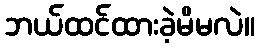
ဘယ်ထင်ထားခဲ့မိမလဲ။